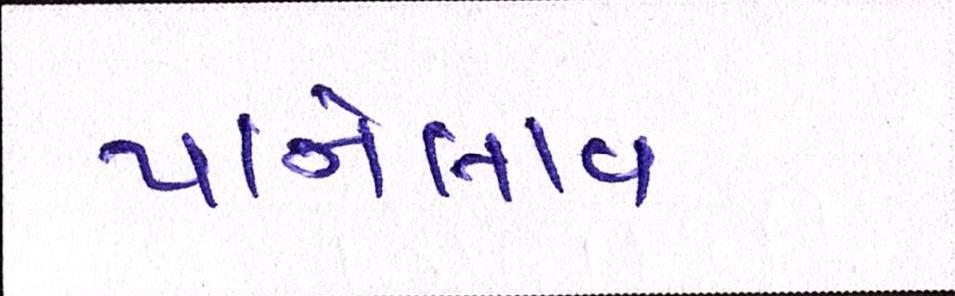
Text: પાનેલાવ